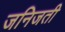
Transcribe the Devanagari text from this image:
जनिजती